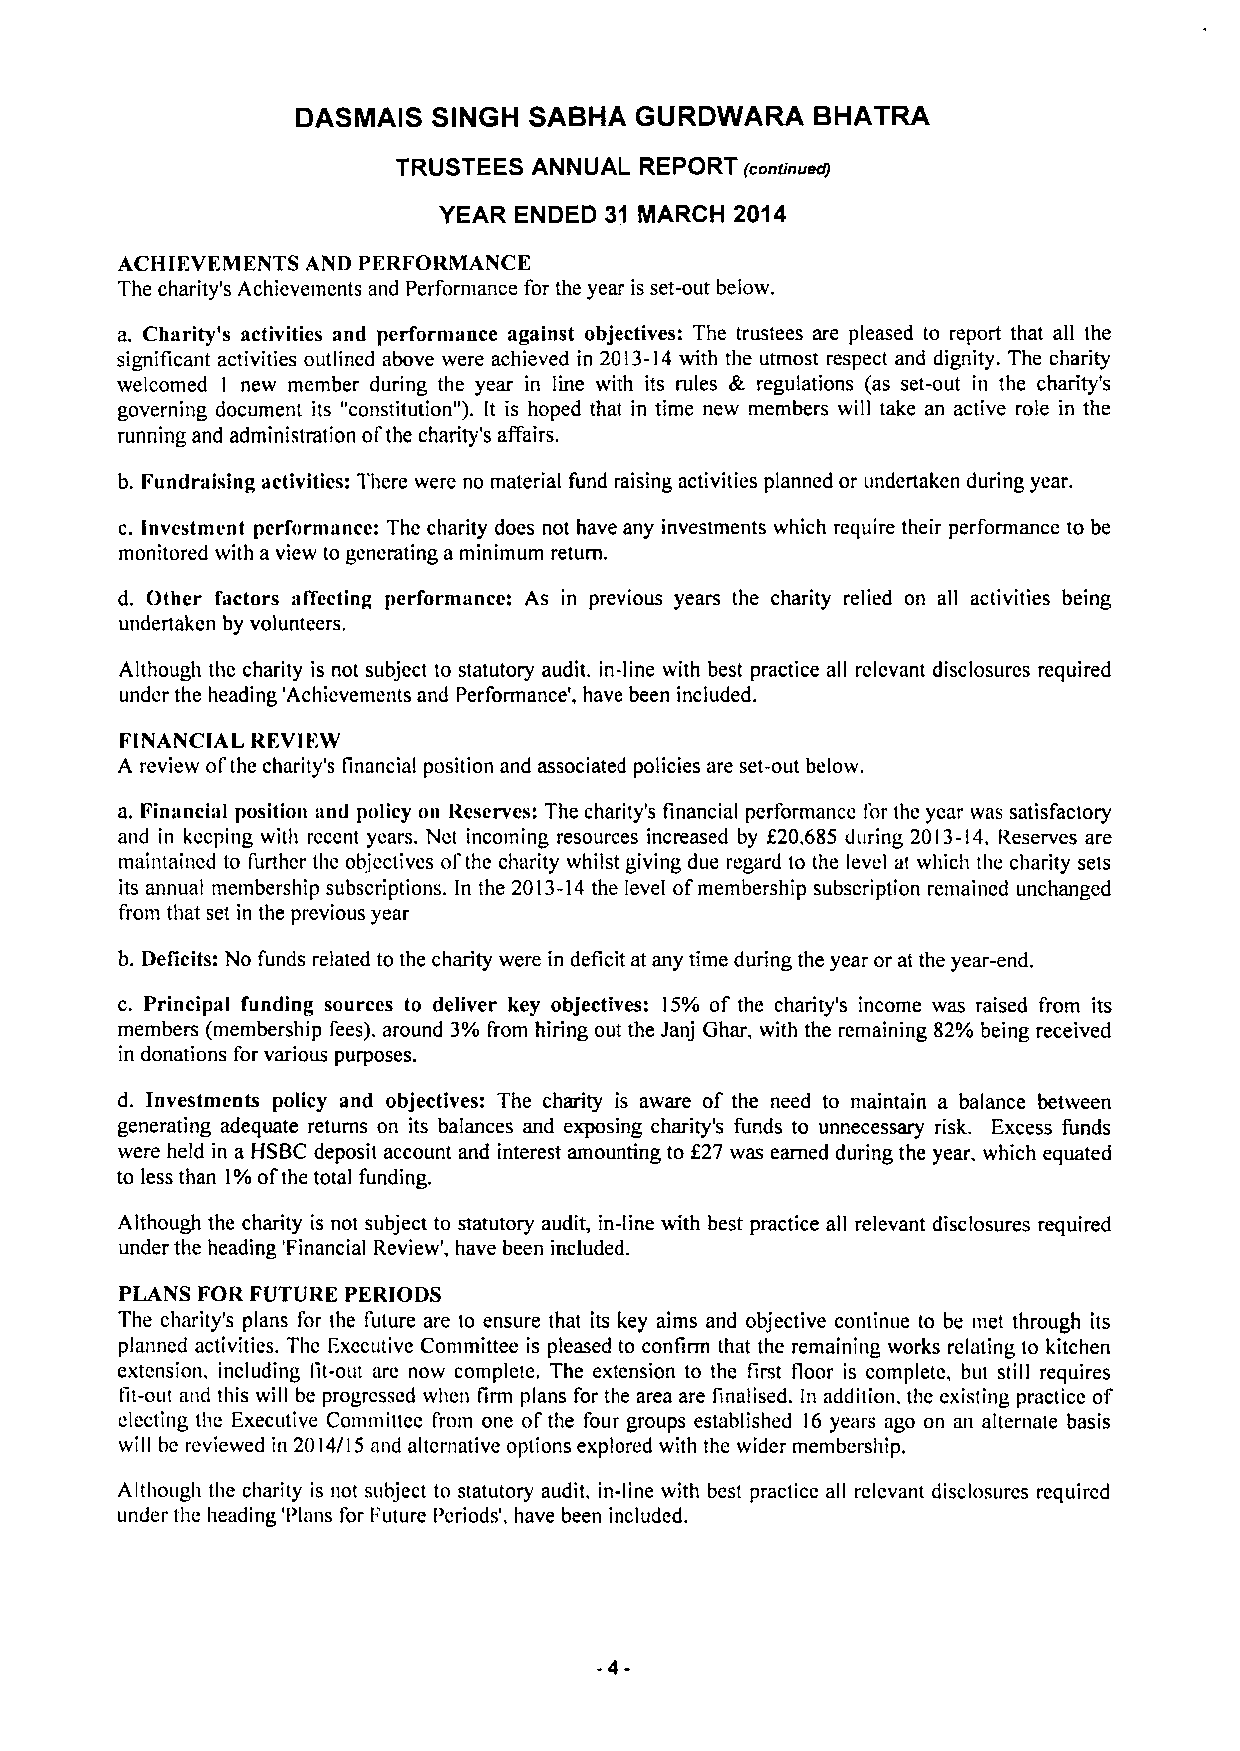
DASMAIS  SINGH SABHA  GURDWARA    BHATRA
 TRUSTEES ANNUAL REPORT (continueag
 YEAR ENDED 31 MARCH 2014
 ACHIEVEMENTS AND PFRFORMANCE
 The charity's Achievements and Performance for the year is set-out below.
 a. Charity's activities and performance against objectives: The trustees are pleased to report that all the
 significant activities outlined above were achieved in 2013-14with the utmost respect and dignity. The charity
 welcomed I new member during the year in line with its rules Ec regulations (as set-out in the charity's
 governing document its "constitution"). It is hoped that in time new members will take an active role in the
 running and administration ofthe charity's affairs.
 b. Fundraising activities: There were no material fund raising activities planned or undertaken during year.
 c.Investment performance: The charity does not have any investments which require their performance to be
 monitored with aview to generating a minimum return.
 d. Other factors affecting performance: As in previous years the charity relied on all activities being
 undertaken by volunteers.
 Although the charity is not subject to statutory audit, in-line v ith best practice all relevant disclosures required
 under the heading 'Achievements and Performance', have been included.
 FINANCIAL REVIFW
 A review ofthe charity's financial position and associated policies are set-out below.
 a. Financial position and policy on Reserves: The charity's financial performance for the year was satisfactory
 and in keeping with recent years. Net incoming resources increased by f20,685 during 2013-14.Reserves are
 maintained to further the objectives ofthe charity whilst giving due regard to the level at which the charity sets
 its annual membership subscriptions. In the 2013-14the level ofmembership subscription remained unchanged
 from that set in the previous year
 b. Deficits: No funds related to the charity were in deficit at any time during the year or at the year-end.
 c. Principal funding sources to deliver key objectives: 15% of the charity's income was raised from its
 members (membership fees). around 3%from hiring out the Janj Ghar, with the remaining 82%being received
 in donations for various purposes.
 d. Investments policy and objectives: The charity is aware of the need to maintain a balance between
 generating adequate returns on its balances and exposing charity's funds to unnecessary risk. Excess funds
 were held in a HSBC deposit account and interest amounting to f27 was earned during the year, which equated
 to less than 1%ofthe total funding.
 Although the charity is not subject to statutory audit, in-line with best practice all relevant disclosures required
 under the heading 'Financial Review', have been included.
 PLANS FOR FUTURE PERIODS
 The charity's plans for the future are to ensure that its key aims and objective continue to be met through its
 planned activities. The Executive Committee is pleased to confirm that the remaining works relating to kitchen
 extension, including lit-out arc now complete. The extension to the first floor is complete, but still requires
 fit-out and this will be progressed when firm plans for the area are finalised. In addition. the existing practice of
 electing the Executive Committee from one ofthe four groups established 16 years ago on an alternate basis
 will be reviewed in 2014/15 and alternative options explored with the wider membership.
 Although the charity is not subject to statutory audit, in-line with best practice all relevant disclosures required
 under the heading 'Plans for Future Periods', have been included.
 -4-